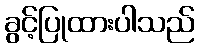
ခွင့်ပြုထားပါသည်